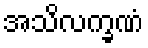
အသိလက္ခဏံ